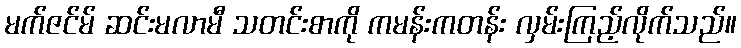
မက်ဇင်မ် ဆင်းမလာမီ သတင်းစာကို ကမန်းကတန်း လှမ်းကြည့်လိုက်သည်။